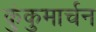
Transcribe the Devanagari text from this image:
कुंकुमार्चन